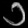
Digit: ၁